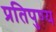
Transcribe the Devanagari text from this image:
प्रतिपुण्य